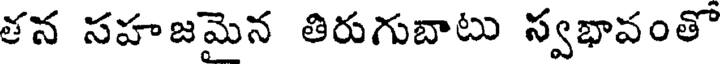
తన సహజమెన తిరుగుబాటు స్వభావంతొ